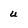
Character: u